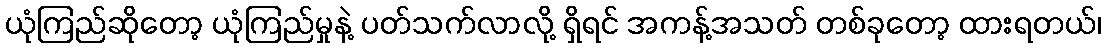
ယုံကြည်ဆိုတော့ ယုံကြည်မှုနဲ့ ပတ်သက်လာလို့ ရှိရင် အကန့်အသတ် တစ်ခုတော့ ထားရတယ်၊